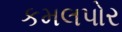
કમલપોર